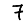
Digit: 7